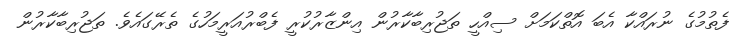
ފެތުމުގެ ނުރައްކާ އެބަ އޮތްކަމަށް ސިއްހީ ތަޖުރިބާކާރުން އިންޒާރުކުރީ ފެބްރުއަރީމަހުގެ ތެރޭގައެވެ. ތަޖުރިބާކާރުން